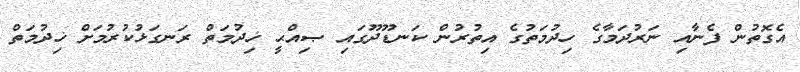
އެގޮތުން ފެނާއި ނަރުދަމާގެ ހިދުމަތުގެ އިތުރުން ކަނޑޫދޫގައި ޞިއްޙީ ޚިދުމަތް ރަނގަޅުކުރުމަށް ޚިދުމަތް